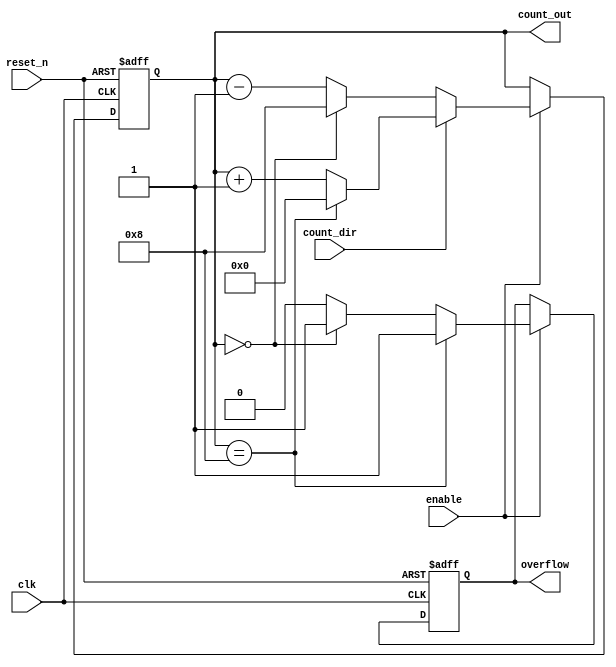
module multi_bit_counter #(
    parameter BIT_WIDTH = 4  // Specify the bit width (e.g., 4 or 8)
) (
    input  wire clk,          // Clock signal
    input  wire reset_n,      // Asynchronous active-low reset
    input  wire enable,       // Enable signal for counting
    input  wire count_dir,    // Count direction: 0 = down, 1 = up
    output reg  [BIT_WIDTH-1:0] count_out, // Current count output
    output reg              overflow          // Overflow indicator
);

    // Register to hold the next count value
    reg [BIT_WIDTH-1:0] next_count;

    always @(posedge clk or negedge reset_n) begin
        if (!reset_n) begin
            count_out <= 0;  // Reset to minimum value (0)
            overflow <= 0;    // Clear overflow flag
        end else if (enable) begin
            count_out <= next_count;  // Update count value
            // Overflow detection logic
            if (count_out == {1'b1, {BIT_WIDTH-1{1'b0}}}) begin // Max value
                overflow <= 1;  // Set overflow flag
            end else if (count_out == 0) begin // Min value
                overflow <= 1;  // Set overflow flag
            end else begin
                overflow <= 0;  // Clear overflow flag
            end
        end
    end

    // Combinational logic for counting
    always @(*) begin
        if (enable) begin
            if (count_dir) begin
                // Up-counting
                if (count_out == {1'b1, {BIT_WIDTH-1{1'b0}}}) begin
                    next_count = 0;  // Wrap around to 0
                end else begin
                    next_count = count_out + 1;
                end
            end else begin
                // Down-counting
                if (count_out == 0) begin
                    next_count = {1'b1, {BIT_WIDTH-1{1'b0}}};  // Wrap around to max value
                end else begin
                    next_count = count_out - 1;
                end
            end
        end else begin
            next_count = count_out;  // Hold the current value if not enabled
        end
    end

endmodule